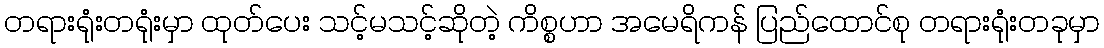
တရားရုံးတရုံးမှာ ထုတ်ပေး သင့်မသင့်ဆိုတဲ့ ကိစ္စဟာ အမေရိကန် ပြည်ထောင်စု တရားရုံးတခုမှာ